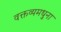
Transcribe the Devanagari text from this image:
वक्तव्यमधुना